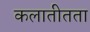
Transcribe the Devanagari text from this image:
कलातीतता